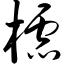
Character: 棂